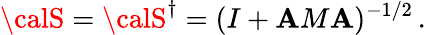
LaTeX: {\calS}={\calS}^{\dagger}=(I+{\cal\mathbf{A}}M{\cal\mathbf{A}})^{-1/2}\, .